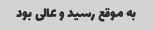
به موقع رسید و عالی بود